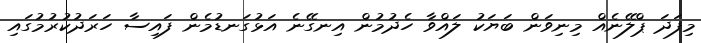
މިފަދަ ޕްލޭނެއް މިނިވަން ބަޔަކު ލައްވާ ހެދުމުން އިނގޭނެ އަޅުގަނޑުމެން ފައިސާ ހަރަދުކުރުމުގައި